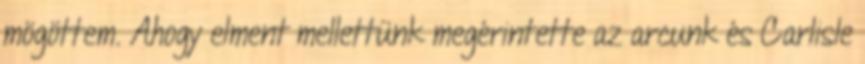
mögöttem. Ahogy elment mellettünk megérintette az arcunk és Carlisle